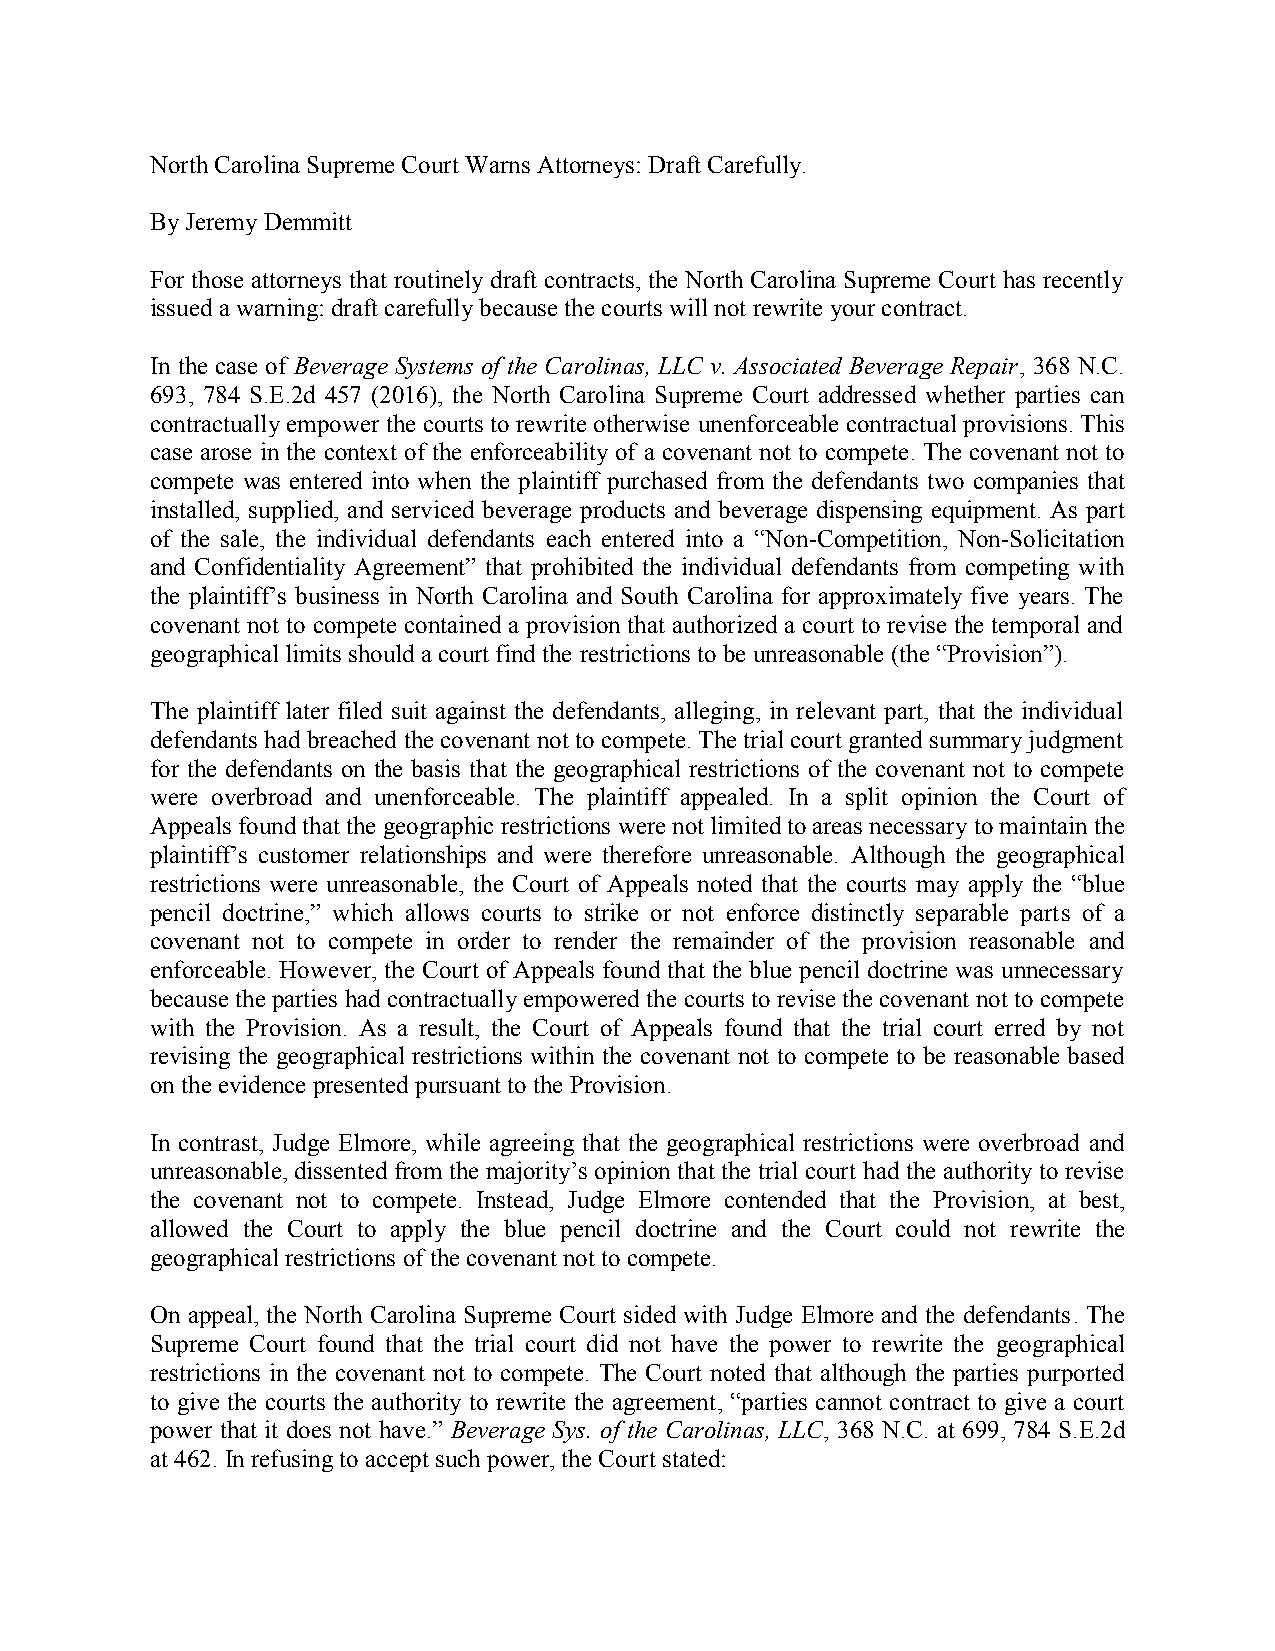
North Carolina Supreme Court Warns Attorneys: Draft Carefully.
 By Jeremy Demmitt
 For those attorneys that routinely draft contracts, the North Carolina Supreme Court has recently
 issued a warning: draft carefully because the courts will not rewrite your contract.
 In the case of Beverage Systems of the Carolinas, LLC v. Associated Beverage Repair, 368 N.C.
 693, 784 S.E.2d 457 (2016), the North Carolina Supreme Court addressed whether parties can
 contractually empower the courts to rewrite otherwise unenforceable contractual provisions. This
 case arose in the context of the enforceability of a covenant not to compete. The covenant not to
 compete was entered into when the plaintiff purchased from the defendants two companies that
 installed, supplied, and serviced beverage products and beverage dispensing equipment. As part
 of the sale, the individual defendants each entered into a “Non-Competition, Non-Solicitation
 and Confidentiality Agreement” that prohibited the individual defendants from competing with
 the plaintiff’s business in North Carolina and South Carolina for approximately five years. The
 covenant not to compete contained a provision that authorized a court to revise the temporal and
 geographical limits should a court find the restrictions to beunreasonable (the “Provision”).
 The plaintiff later filed suit against the defendants, alleging, in relevant part, that the individual
 defendants had breached the covenant not to compete. The trial court granted summary judgment
 for the defendants on the basis that the geographical restrictions of the covenant not to compete
 were overbroad and unenforceable. The plaintiff appealed. In a split opinion the Court of
 Appeals found that the geographic restrictions were not limited to areas necessary to maintain the
 plaintiff’s customer relationships and were therefore unreasonable. Although the geographical
 restrictions were unreasonable, the Court of Appeals noted that the courts may apply the “blue
 pencil doctrine,” which allows courts to strike or not enforce distinctly separable parts of a
 covenant not to compete in order to render the remainder of the provision reasonable and
 enforceable. However, the Court of Appeals found that the blue pencil doctrine was unnecessary
 because the parties had contractually empowered the courts to revise the covenant not to compete
 with the Provision. As a result, the Court of Appeals found that the trial court erred by not
 revising the geographical restrictions within the covenant not to compete to be reasonable based
 on the evidence presented pursuant to the Provision.
 In contrast, Judge Elmore, while agreeing that the geographical restrictions were overbroad and
 unreasonable, dissented from the majority’s opinion that the trial court had the authority to revise
 the covenant not to compete. Instead, Judge Elmore contended that the Provision, at best,
 allowed the Court to apply the blue pencil doctrine and the Court could not rewrite the
 geographical restrictions of the covenant not to compete.
 On appeal, the North Carolina Supreme Court sided with Judge Elmore and the defendants. The
 Supreme Court found that the trial court did not have the power to rewrite the geographical
 restrictions in the covenant not to compete. The Court noted that although the parties purported
 to give the courts the authority to rewrite the agreement, “parties cannot contract to give a court
 power that it does not have.” Beverage Sys. of the Carolinas, LLC, 368 N.C. at 699, 784 S.E.2d
 at 462. In refusing to accept such power, the Court stated: